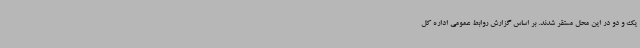
یک و دو در این محل مستقر شدند. بر اساس گزارش روابط عمومی اداره کل